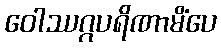
ဝေါဿဂ္ဂပရိဏာမိံပေ